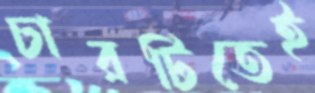
চারটিতেই